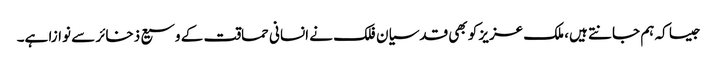
جیسا کہ ہم جانتے ہیں، ملک عزیز کو بھی قدسیان فلک نے انسانی حماقت کے وسیع ذخائر سے نوازا ہے۔